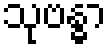
သုဗန္ဓာ